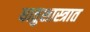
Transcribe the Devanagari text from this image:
धातुशास्त्रात